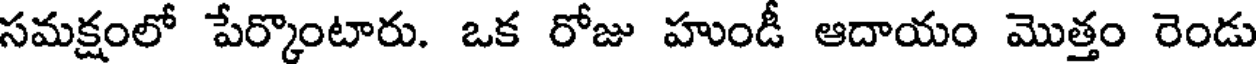
సమక్షంలో పేర్కొంటారు. ఒక రోజు హుండీ ఆదాయం మొత్తం రెండు